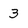
Character: 3